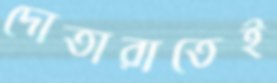
দোতারাতেই